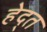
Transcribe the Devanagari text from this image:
हेद्त